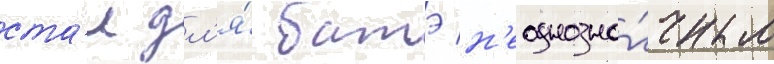
ста́л дл'я́ батэ н'еоднозна́чным